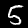
Digit: 5